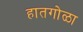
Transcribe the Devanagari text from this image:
हातगोळा